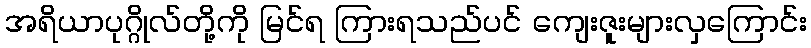
အရိယာပုဂ္ဂိုလ်တို့ကို မြင်ရ ကြားရသည်ပင် ကျေးဇူးများလှကြောင်း